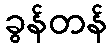
ခွန်တန်